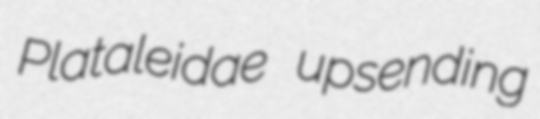
Plataleidae upsending